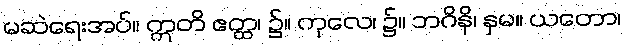
မဆဲရေးအပ်။ ဣတိ ဧတ္ထ၊ ၌။ ကုလေ၊ ၌။ ဘဂိနိ၊ နှမ။ ယတော၊